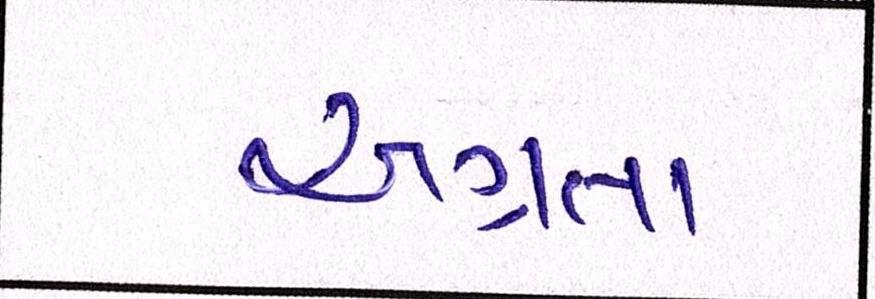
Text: અગ્રતા